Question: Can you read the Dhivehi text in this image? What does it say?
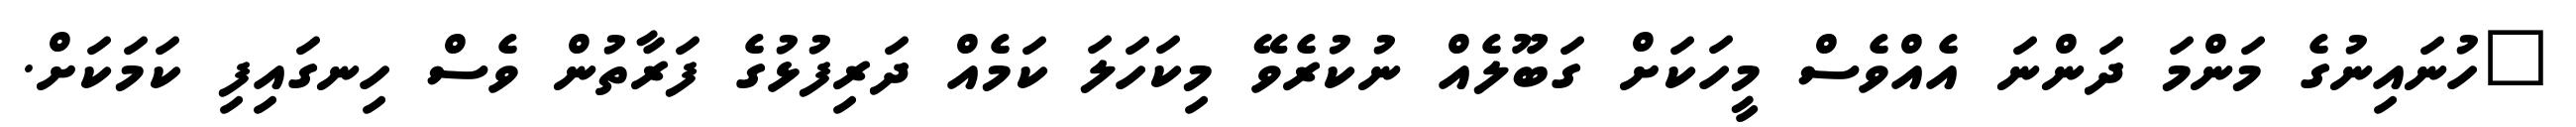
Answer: "ހުނައިނުގެ މަންމަ ދަންނަ އެއްވެސް މީހަކަށް ގަބޫލެއް ނުކުރެވޭ މިކަހަލަ ކަމެއް ދަރިފުޅުގެ ފަރާތުން ވެސް ހިނގައިފި ކަމަކަށް.